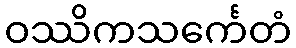
ဝဿိကသင်္ကေတံ